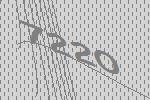
7220